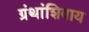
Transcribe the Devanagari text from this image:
ग्रंथांशिवाय